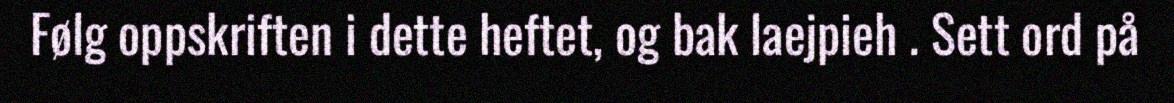
Følg oppskriften i dette heftet, og bak laejpieh . Sett ord på